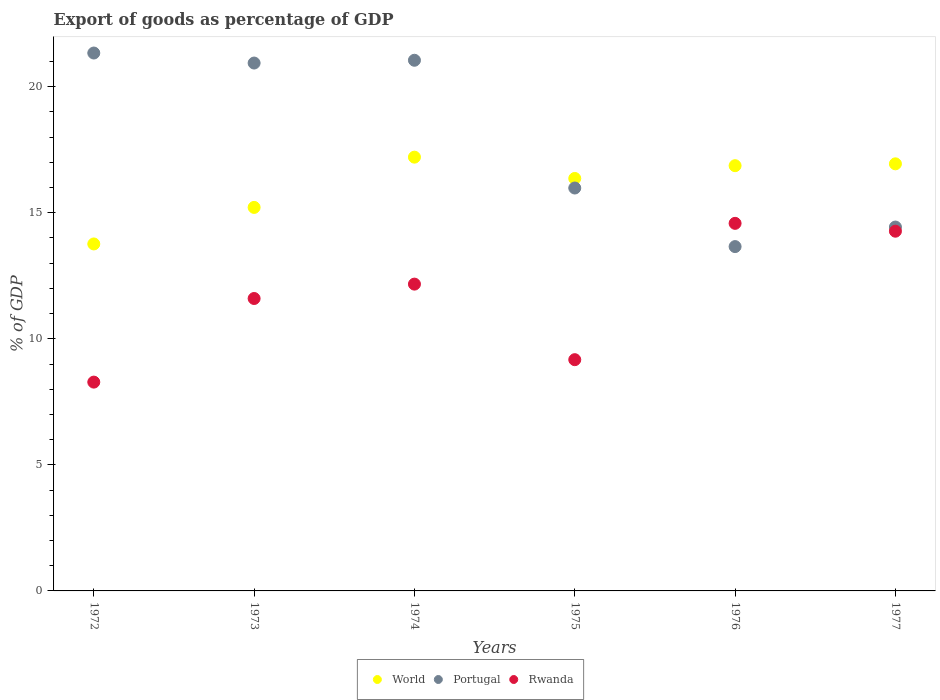
| Years | World | Portugal | Rwanda |
 | --- | --- | --- | --- |
 | 1972 | 13.8 | 21.3 | 8.28 |
 | 1973 | 15.2 | 20.9 | 11.6 |
 | 1974 | 17.2 | 21 | 12.2 |
 | 1975 | 16.4 | 16 | 9.17 |
 | 1976 | 16.9 | 13.7 | 14.6 |
 | 1977 | 16.9 | 14.4 | 14.3 |